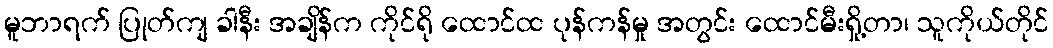
မူဘာရက် ပြုတ်ကျ ခါနီး အချိန်က ကိုင်ရို ထောင်ထ ပုန်ကန်မှု အတွင်း ထောင်မီးရှို့တာ၊ သူကိုယ်တိုင်